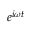
e ^ { i \omega t }